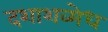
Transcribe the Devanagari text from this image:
दशाशव्मेध